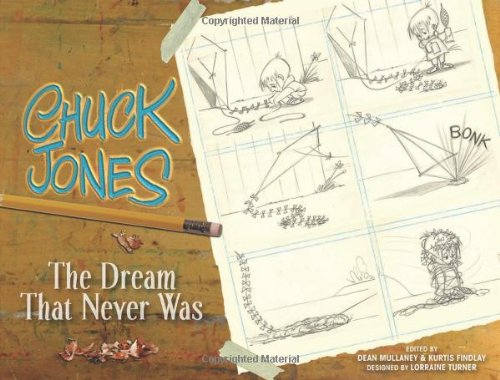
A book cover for Chuck Jones: The Dream that Never Was; Chuck Jones; Comics & Graphic Novels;